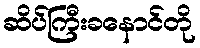
ဆိပ်ကြီးခနောင်တို